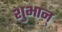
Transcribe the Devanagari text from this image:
शुभान्